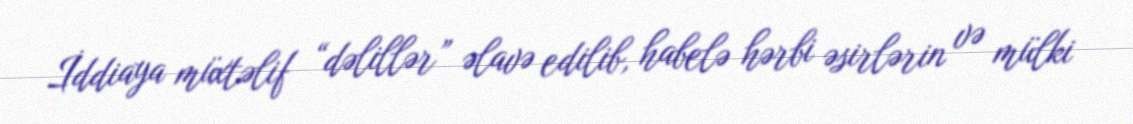
İddiaya müxtəlif “dəlillər” əlavə edilib, habelə hərbi əsirlərin və mülki